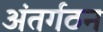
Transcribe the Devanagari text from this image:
अंतर्गठन